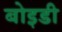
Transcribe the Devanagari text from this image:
बोइडी